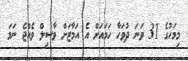
މިމަހުގެ 31 ވަނަ ދުވަހާ ހަމައަށް އެ އަމާޒަށް ވާސިލް ވެއްޖެ ނަމަ